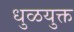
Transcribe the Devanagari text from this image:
धुळयुक्त